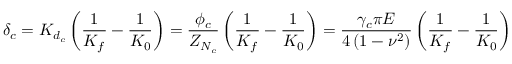
\delta _ { c } = K _ { d _ { c } } \left( \frac { 1 } { K _ { f } } - \frac { 1 } { K _ { 0 } } \right) = \frac { \phi _ { c } } { Z _ { N _ { c } } } \left( \frac { 1 } { K _ { f } } - \frac { 1 } { K _ { 0 } } \right) = \frac { \gamma _ { c } \pi E } { 4 \left( 1 - \nu ^ { 2 } \right) } \left( \frac { 1 } { K _ { f } } - \frac { 1 } { K _ { 0 } } \right)